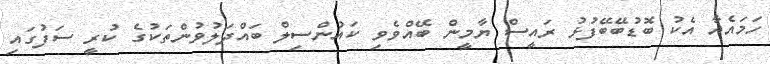
ހަމައެއާ އެކު ބޮޑުބޭބޭފުޅު ރައީސް ޔާމީން ބޭއްވެވި ކައުންސިލް ބައްދަލުވުންތަކުގެ ކުރީ ސަފުގައި